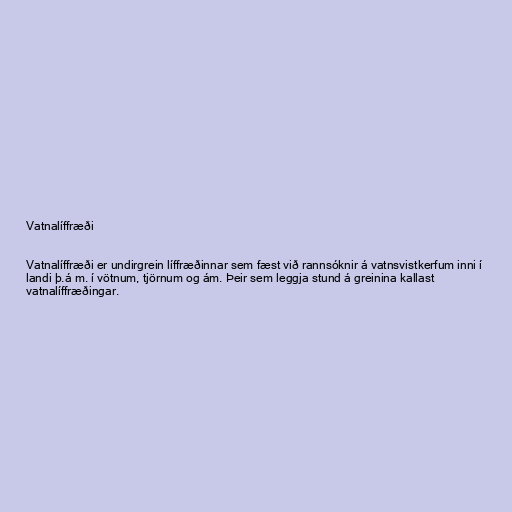
Vatnalíffræði

Vatnalíffræði er undirgrein líffræðinnar sem fæst við rannsóknir á vatnsvistkerfum inni í
landi þ.á m. í vötnum, tjörnum og ám. Þeir sem leggja stund á greinina kallast
vatnalíffræðingar.